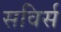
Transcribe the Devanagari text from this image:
सविर्स